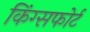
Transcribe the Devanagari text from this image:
किंग्सफोर्ट